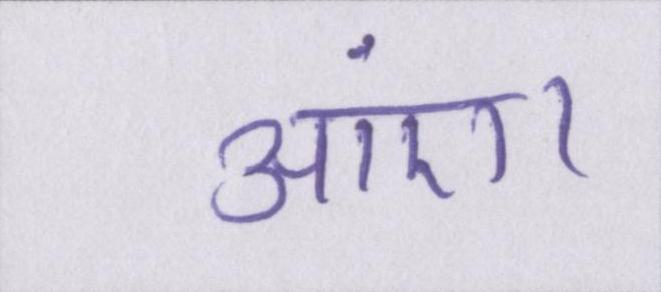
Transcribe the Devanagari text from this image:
आएं।